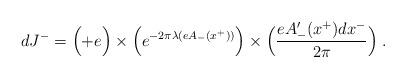
LaTeX: \begin{align*}dJ^- = \Bigl( +e \Bigr) \times \Bigl(e^{-2\pi \lambda(e A_-(x^+))} \Bigr) \times \Bigl({e A_-^{\prime}(x^+) dx^- \over 2\pi}\Bigr) \; . \end{align*}